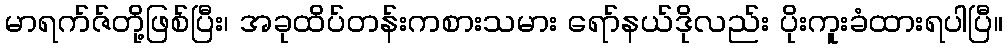
မာရက်ဇ်တို့ဖြစ်ပြီး၊ အခုထိပ်တန်းကစားသမား ရော်နယ်ဒိုလည်း ပိုးကူးခံထားရပါပြီ။